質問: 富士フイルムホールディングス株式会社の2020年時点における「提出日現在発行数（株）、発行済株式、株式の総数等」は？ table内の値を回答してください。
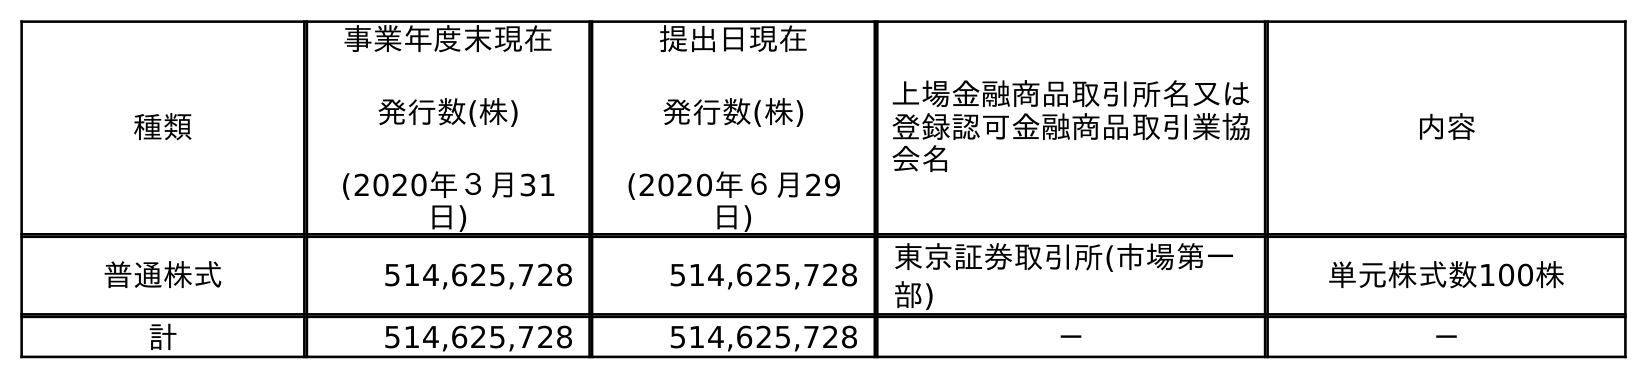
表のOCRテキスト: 種類 事業年度末現在 発行数(株) (2020年３月31 日) 提出日現在 発行数(株) (2020年６月29 日) 上場金融商品取引所名又は 登録認可金融商品取引業協 会名 内容 普通株式 514,625,728 514,625,728 東京証券取引所(市場第一 部) 単元株式数100株 計 514,625,728 514,625,728 － －
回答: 514,625,728